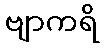
ဗျာကရိ